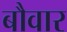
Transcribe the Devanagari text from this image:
बौवार